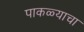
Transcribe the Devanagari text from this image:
पाकळ्याचा